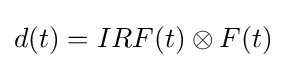
{d}(t)={IRF}(t)\otimes {F}(t)